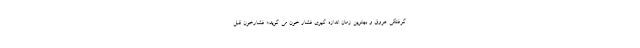
گرفتگی عروق و بهترین زمان اندازه گیری فشار خون می گوید:« فشارخون قبل